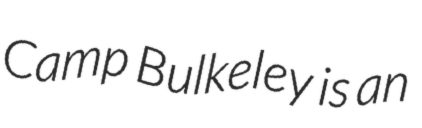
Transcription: Camp Bulkeley is an